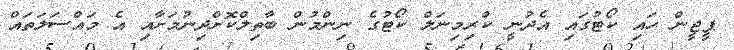
ޕީޖީން ހައި ކޯޓުގައި އެދުނީ ކްރިމިނަލް ކޯޓުގެ ނިންމުން ބާތިލްކޮށްދިނުމަށާއި އެ މައްސަލަތައް